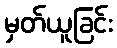
မှတ်ယူခြင်း